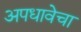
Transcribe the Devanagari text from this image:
अपधावेचा